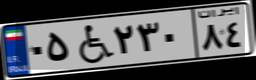
۰۵W۲۳۰۸۴